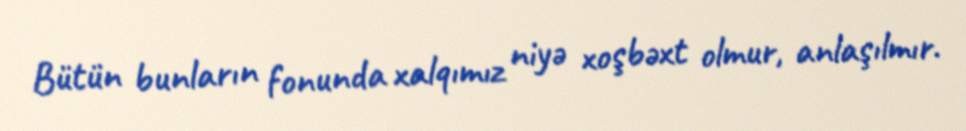
Bütün bunların fonunda xalqımız niyə xoşbəxt olmur, anlaşılmır.